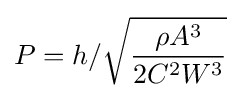
P={h/{\sqrt {\rho A^{3} \over 2C^{2}W^{3}}}}